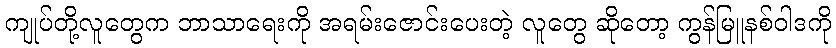
ကျုပ်တို့လူတွေက ဘာသာရေးကို အရမ်းဇောင်းပေးတဲ့ လူတွေ ဆိုတော့ ကွန်မြူနစ်ဝါဒကို